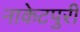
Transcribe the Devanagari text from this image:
नाकेटपुरी